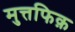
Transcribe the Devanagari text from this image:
मुत्तफिक़